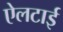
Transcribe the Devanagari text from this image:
ऐलटाई